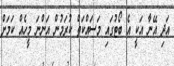
އަދި އޭނާ އަކީ އެ ބޯޓުގައި މަސައްކަތް ކުރަމުން އަންނަ މީހެއް ކަމަށް